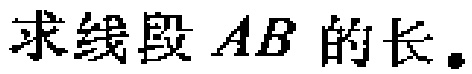
求线段 \(AB\) 的长。